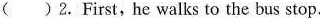
( )2.First,he walks to the bus stop.